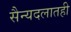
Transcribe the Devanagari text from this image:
सैन्यदलातही